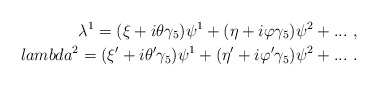
\begin{align*}\lambda^1 = (\xi + i \theta \gamma_5) \psi^1 + (\eta + i \varphi \gamma_5) \psi^2 + ...\ , \\lambda^2 = (\xi' + i \theta' \gamma_5) \psi^1 + (\eta' + i \varphi' \gamma_5) \psi^2 + ...\ . \end{align*}